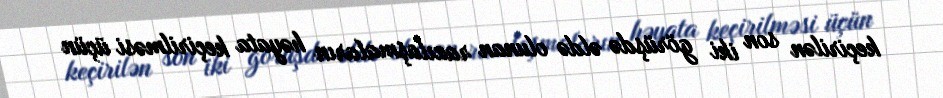
keçirilən son iki görüşdə əldə olunan razılaşmaların həyata keçirilməsi üçün